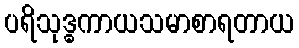
ပရိသုဒ္ဓကာယသမာစာရတာယ